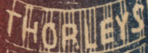
THORLEYS